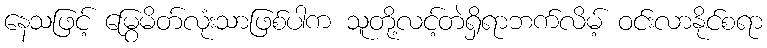
နေသဖြင့် မြွေမိတ်လုံးသာဖြစ်ပါက သူတို့လင့်တဲရှိရာဘက်လိမ့် ဝင်းလာနိုင်စရာ